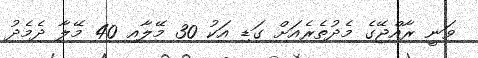
ވަނީ ރާއްޖޭގެ މެދުތެރެއަށް ގަޑި އަކު 30 މޭލާއި 40 މޭލާ ދެމެދު